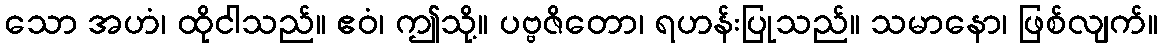
သော အဟံ၊ ထိုငါသည်။ ဧဝံ၊ ဤသို့။ ပဗ္ဗဇိတော၊ ရဟန်းပြုသည်။ သမာနော၊ ဖြစ်လျက်။